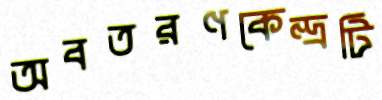
অবতরণকেন্দ্রটি